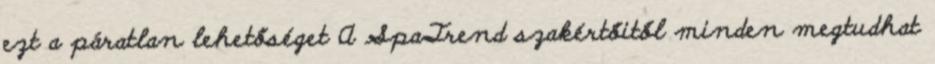
ezt a páratlan lehetőséget A SpaTrend szakértőitől minden megtudhat